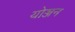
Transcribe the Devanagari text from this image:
योञ्जन